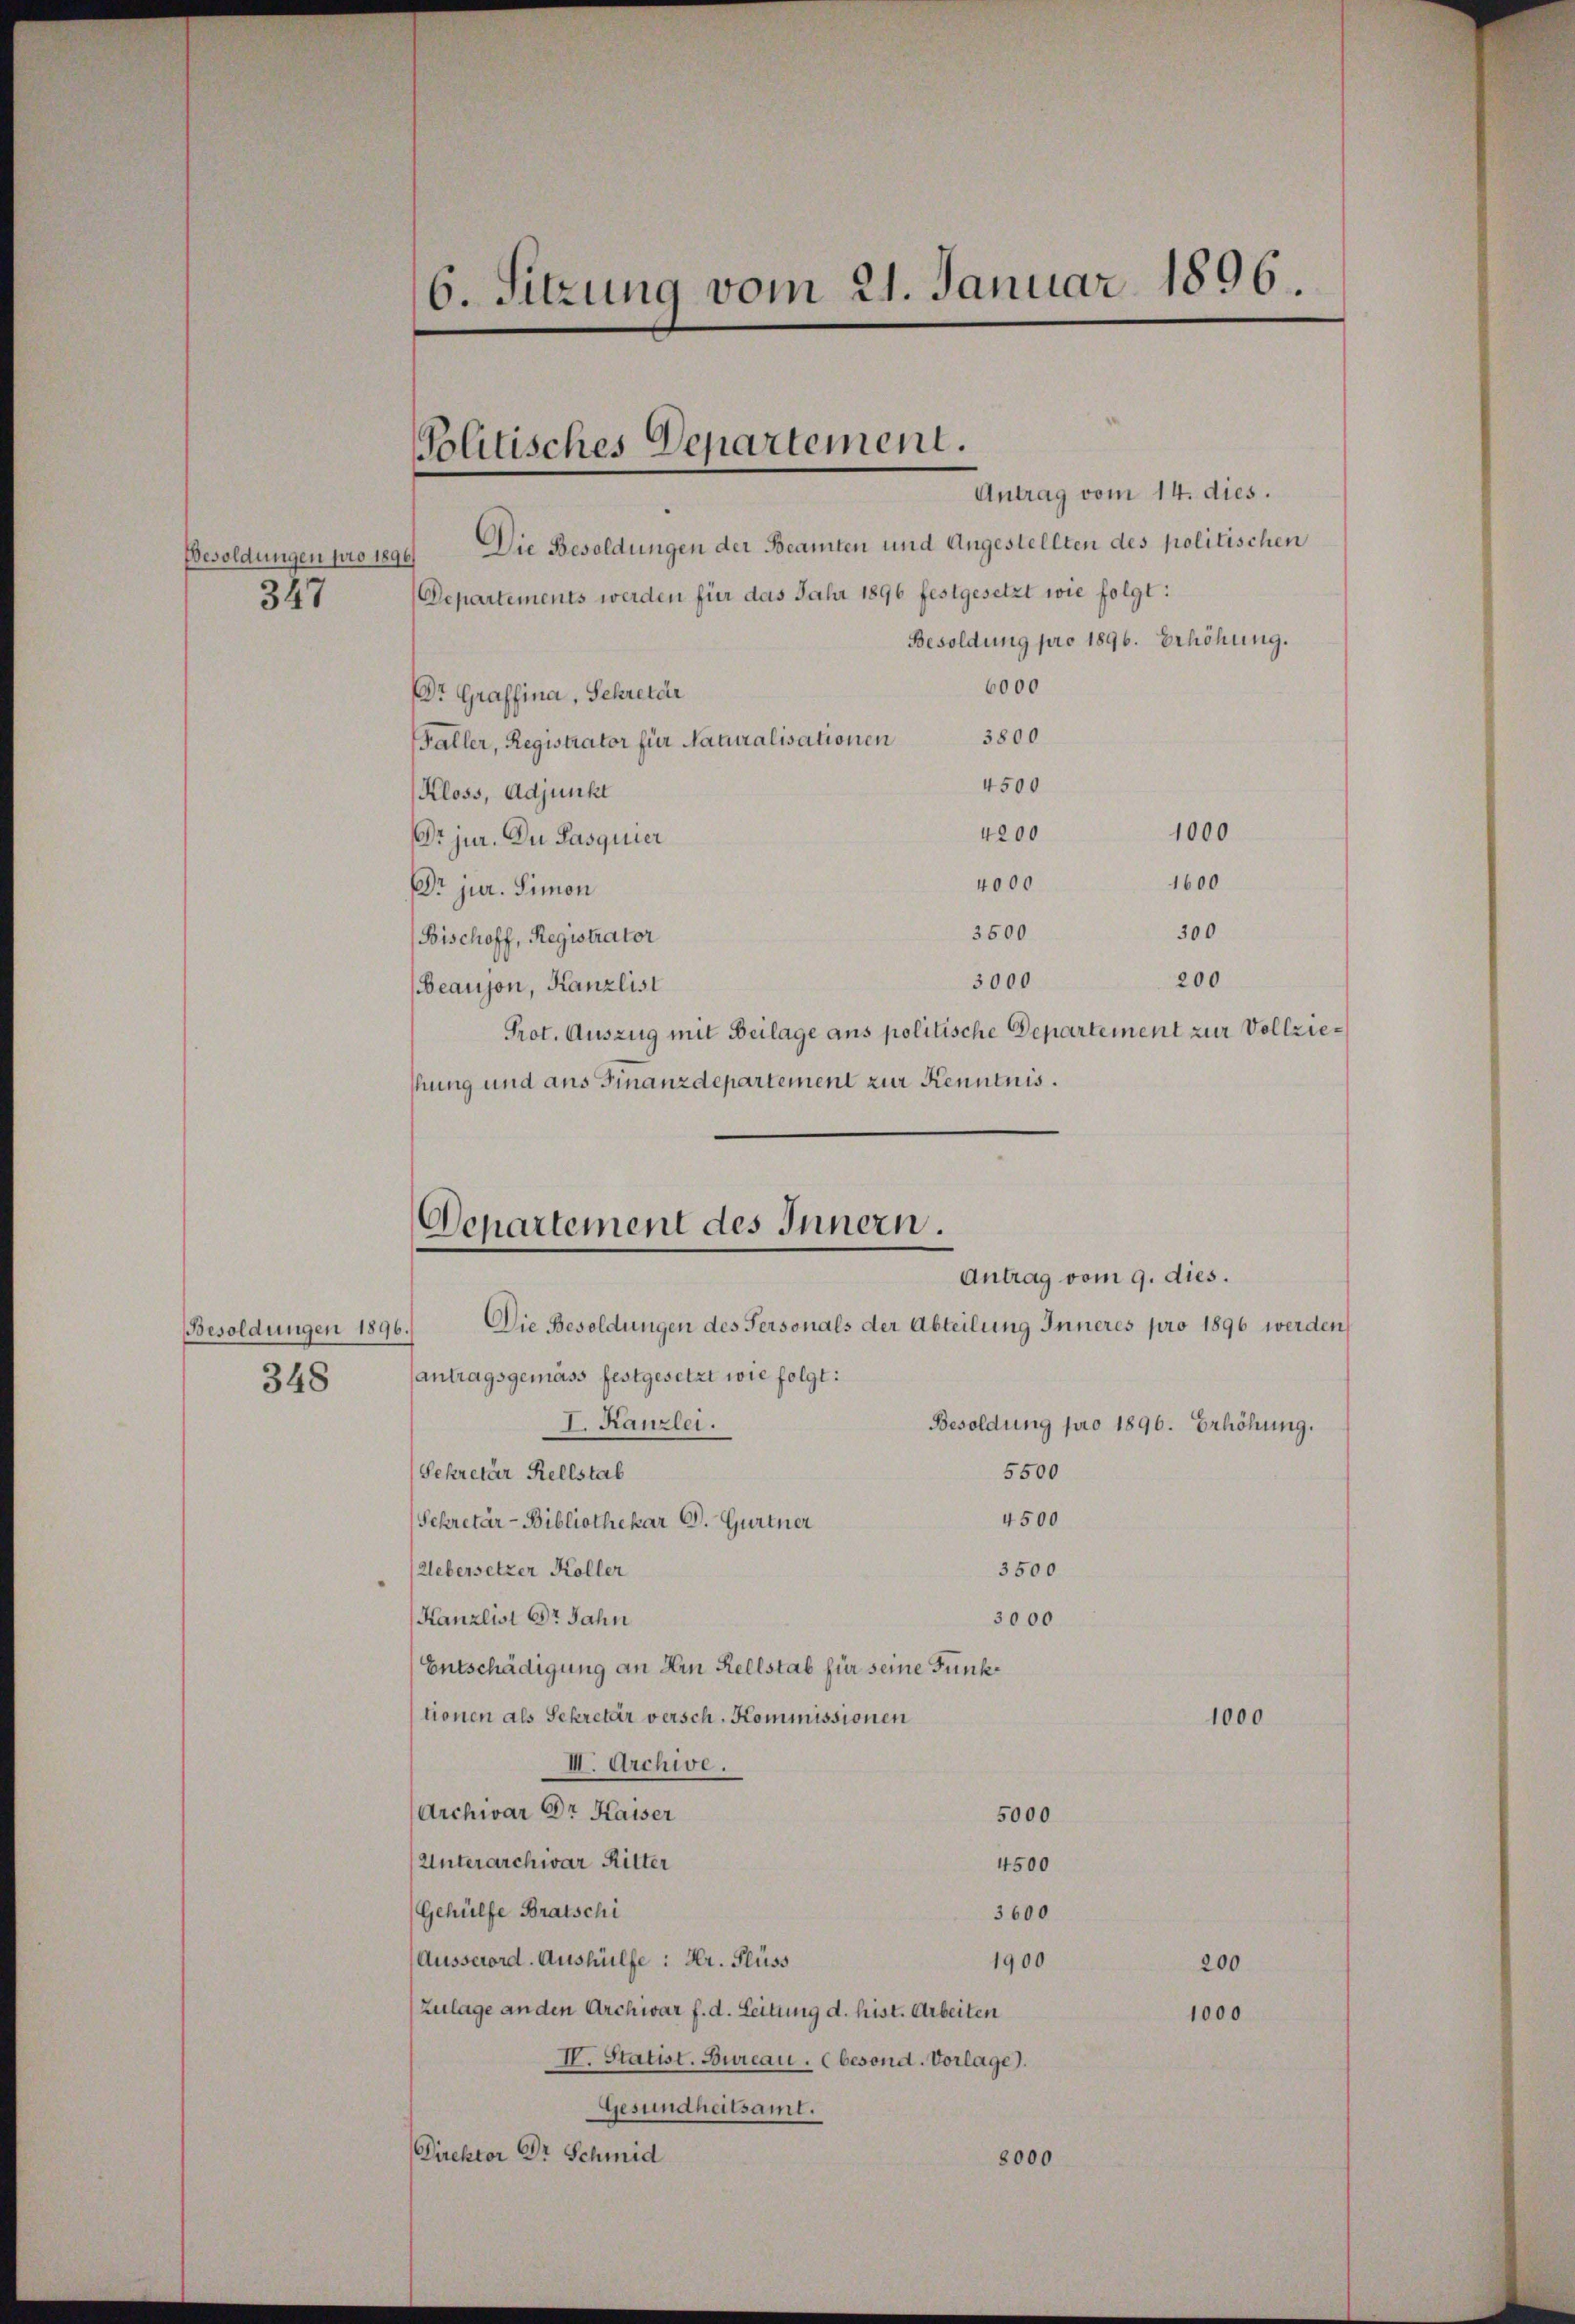
347

Besoldungen 1896.
348

Antrag vom 14. dies.
Besoldungen pro 1890.) Die Besoldungen der Beamten und Angestellten des politischen
Departements werden für das Jahr 1896 festgesetzt wie folgt:
Besoldung pro 1896. Erhöhung.
6000
DDr. Graffina, Sekretär
3800
Faller, Registrator für Naturalisationen
4500
Kloss, Adjunkt
1000
4200
Dr jur. Du Pasquier
1600
4000
DDr jur. Simon
3500
300
Bischoff, Registrator
200
3000
Beaujon, Kanzlist
Prot. Auszug mit Beilage ans politische Departement zur Vollzieshung und aus Finanzdepartement zur Kenntnis.

antragsgemäss festgesetzt wie folgt:
Besoldung pro 1896. Erhöhung.
I. Kanzlei.
Sekretär Rellstab
5500
4500
Schretär-Bibliothekar P. Gurtner
3500
Uebersetzer Koller
Kanzlist Dr. Jahn
3000
Entschädigung an Hrn Rellstab für seine Funktionen als Sekretär versch. Kommissionen
III. Archive.
Archivar Dr. Kaiser
5000
Unterarchivar Ritter
4500
Gehülfe Bratschi
3600
Ausserord. Aushülfe : Hr. Flüss
1900
200
Zulage an den Archivar f. d. Leitung d. hist. Arbeiten
1000
IV. Statist. Bureau. (besond. Vorlage).
Gesundheitsamt.
Direktor Dr Schmid
8000

6. Sitzung vom 21. Januar 1896.

Politisches Departement.

Departement des Innern
Antrag vom 9. dies.
Die Besoldungen des Personals der Abteilung Inneres pro 1896 werden

1000